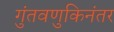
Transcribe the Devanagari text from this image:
गुंतवणुकिनंतर